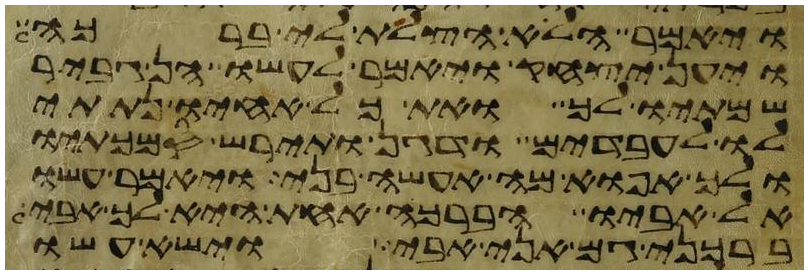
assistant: ויאמר הלא הצלת לי ברכה
ויען יצחק ויאמר לעשו הן גביר
שמתיו לך ואת כל אחיו נתתי
לו לעבדים ודגן ותירש סמכתיו
ולך אפוא מה אעשה בני ויאמר עשו
אל אביו הברכה אחת היא לך אבי
ברכני גם אני אבי וישא עשו